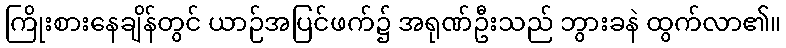
ကြိုးစားနေချိန်တွင် ယာဉ်အပြင်ဖက်၌ အရုဏ်ဦးသည် ဘွားခနဲ ထွက်လာ၏။